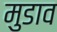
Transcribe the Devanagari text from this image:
मुडाव